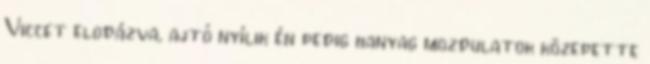
Viccet elodázva, ajtó nyílik én pedig hanyag mozdulatok közepette